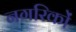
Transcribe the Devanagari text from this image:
नगरिकों